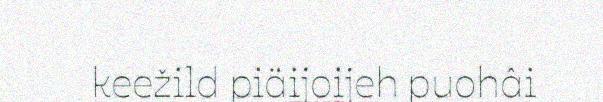
keežild piäijoijeh puohâi